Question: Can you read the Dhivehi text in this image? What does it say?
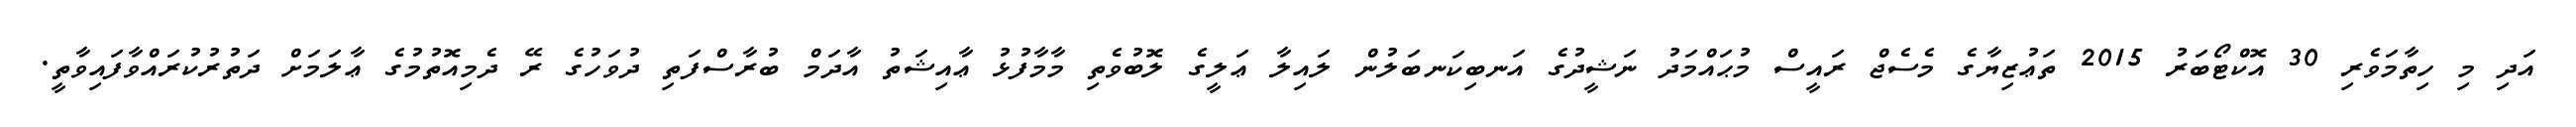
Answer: އަދި މި ހިތާމަވެރި 30 އޮކްޓޯބަރު 2015 ތަޢުޒިޔާގެ މެސެޖް ރައީސް މުޙައްމަދު ނަޝީދުގެ އަނބިކަނބަލުން ލައިލާ ޢަލީގެ ލޮބުވެތި މާމާފުޅު ޢާއިޝަތު އާދަމް ބުރާސްފަތި ދުވަހުގެ ރޭ ދެމިއޮތުމުގެ ޢާލަމަށް ދަތުރުކުރައްވާފައިވާތީ.